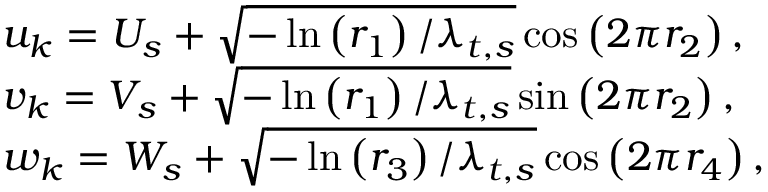
\begin{array} { r l } & { u _ { k } = U _ { s } + \sqrt { - \ln \left( r _ { 1 } \right) / \lambda _ { t , s } } \cos \left( 2 \pi r _ { 2 } \right) , } \\ & { v _ { k } = V _ { s } + \sqrt { - \ln \left( r _ { 1 } \right) / \lambda _ { t , s } } \sin \left( 2 \pi r _ { 2 } \right) , } \\ & { w _ { k } = W _ { s } + \sqrt { - \ln \left( r _ { 3 } \right) / \lambda _ { t , s } } \cos \left( 2 \pi r _ { 4 } \right) , } \end{array}